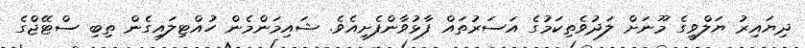
ދިޔައިރު ޔަލްވީގެ މޫނަށް ލަދުވެތިކަމުގެ އަސަރުތައް ފާޅުވާންފެށިއެވެ. ޝައިމަންމެން ހުއްޓިލައިގެން ތިބި ސްޓޭޖްގެ